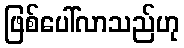
ဖြစ်ပေါ်လာသည်ဟု